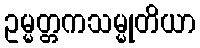
ဥမ္မတ္တကသမ္မုတိယာ